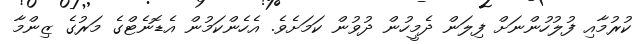
ކުރުމާއި ފުލުހުންނަށް ފިލަން ދެމީހުން ދުވުން ކަމަށެވެ. އެހެންކަމުން އެޑޮނެޓްގެ މަރުގެ ޒިންމާ